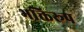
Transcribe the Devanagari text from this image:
भक्तिरूप